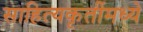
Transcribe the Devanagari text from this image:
साहित्यकृतींमध्ये